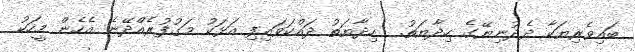
ބަައިވެރިޔަކާ ދެދުނިޔޭގެ ހިދާޔަތު.  ހިދާޔަތު ދައްކަވައިފި އަޅަކު މަގުފުރެއްދޭނެ އެހެން މީހަކު